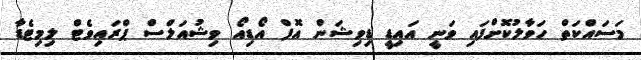
މަސައްކަތް ހަވާލުކޮށްފައި ވަނީ އައިޑީ ޑިވިޝަން އޮފް އޯޑިއޯ ވިޝުއަލްސް ޕްރައިވެޓް ލިމިޓެޑާ